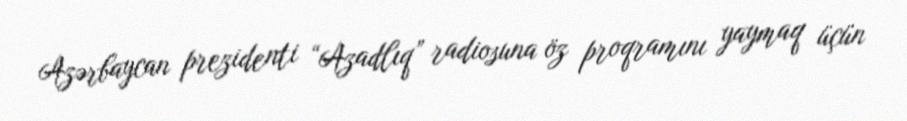
Azərbaycan prezidenti “Azadlıq” radiosuna öz proqramını yaymaq üçün